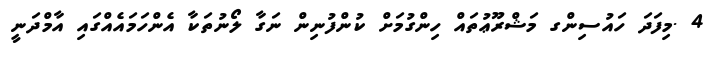
4 .މިފަދަ ހައުސިންގ މަޝްރޫޢުތައް ހިންގުމަށް ކުންފުނިން ނަގާ ލޯނުތަކާ އެންހަމައެއްގައި އާމްދަނީ